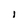
Character: i